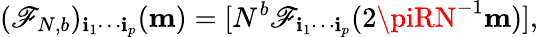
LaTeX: (\mathscr{F}_{N,b})_{\mathbf{i}_{1}\cdots\mathbf{i}_{p}}({\mathbf{m}})=[N^{b}\mathscr{F}_{\mathbf{i}_{1}\cdots\mathbf{i}_{p}}(2\piRN^{-1}{\mathbf{m}})],